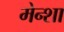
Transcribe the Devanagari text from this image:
मेन्शा